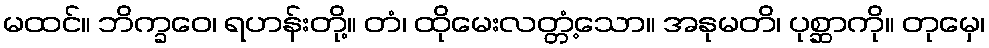
မထင်။ ဘိက္ခဝေ၊ ရဟန်းတို့။ တံ၊ ထိုမေးလတ္တံ့သော။ အနုမတိ၊ ပုစ္ဆာကို။ တုမှေ၊